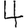
Digit: 4